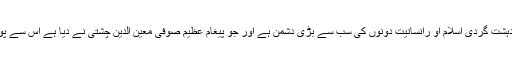
اس موقع پر مختار عباس نقوی نے کہاکہ دہشت گردی اسلام او رانسانیت دونوں کی سب سے بڑی دشمن ہے اور جو پیغام عظیم صوفی معین الدین چشتی نے دیا ہے اس سے پوری دنیا میں امن وامان قائم کیاجاسکتا ہے۔